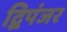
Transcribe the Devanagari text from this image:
द्विपंजर